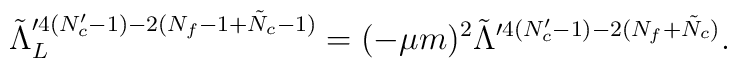
\tilde{\Lambda}_L^{\prime 4(N_c'-1)-2(N_f-1+\tilde{N}_c-1)}      =(-\mu m)^2\tilde{\Lambda}^{\prime 4(N_c'-1)-2(N_f+\tilde{N}_c)}.